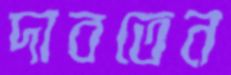
দাবতেন